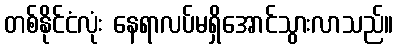
တစ်နိုင်ငံလုံး နေရာလပ်မရှိအောင်သွားလာသည်။